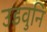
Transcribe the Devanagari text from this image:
उडवुनि